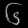
Digit: ၆